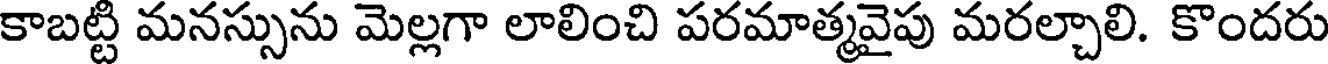
కాబట్టి మనస్సును మెల్లగా లాలించి పరమాత్మవైపు మరల్చాలి. కొందరు